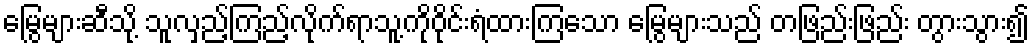
မြွေများဆီသို့ သူလှည့်ကြည့်လိုက်ရာသူ့ကိုဝိုင်းရံထားကြသော မြွေများသည် တဖြည်းဖြည်း တွားသွား၍